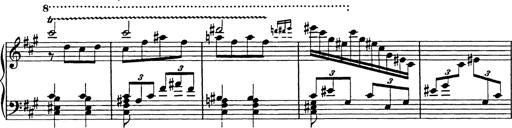
Title: Galop in A minor
Composer: Franz Liszt
Key: A minor